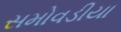
સમોવડીયા